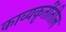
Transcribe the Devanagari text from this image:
काव्यकृतींतील